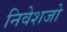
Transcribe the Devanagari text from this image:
निवेशजो